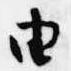
由